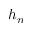
h _ { n }